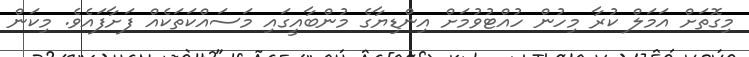
މިގޮތަށް އަމަލް ކުރާ މިހުން ހުއްޓުވުމަށް އިންޑިޔާގެ މުންބާއީގައި މަސައްކަތަކެއް ފަށާފައެވެ. މިކަން